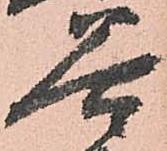
谷